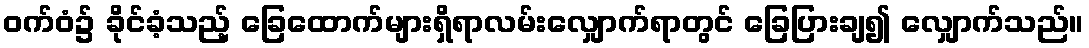
ဝက်ဝံ၌ ခိုင်ခံ့သည့် ခြေထောက်များရှိရာလမ်းလျှောက်ရာတွင် ခြေပြားချ၍ လျှောက်သည်။